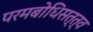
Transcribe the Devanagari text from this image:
परमबोधिसत्त्व